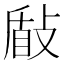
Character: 𭣽